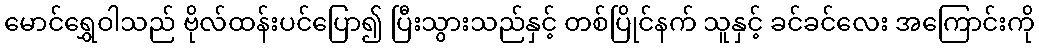
မောင်ရွှေဝါသည် ဗိုလ်ထန်းပင်ပြော၍ ပြီးသွားသည်နှင့် တစ်ပြိုင်နက် သူနှင့် ခင်ခင်လေး အကြောင်းကို